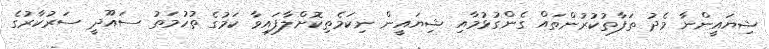
ޝިޔައީންނާ މެދު ތަފާތުކުރުންތައް ގެންގުޅުމާއި ޝިޔައީން ނިކަމެތިކޮށްލާފައިވާ ކަމުގެ ތުހުމަތު ސައޫދީ ސަރުކާރުގެ